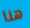
هنا